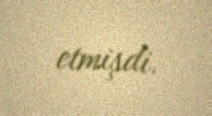
etmişdi.